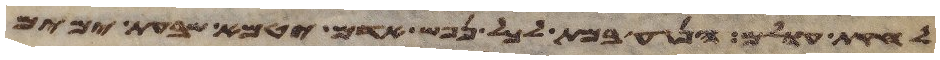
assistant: לחקות עולם הנגע במת לכל נפש אדם יטמא שבעת ימים